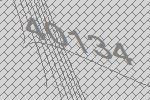
40134